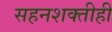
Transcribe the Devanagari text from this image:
सहनशक्तीही